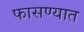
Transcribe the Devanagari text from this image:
फासण्यात